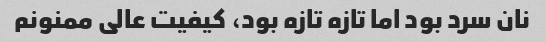
نان سرد بود اما تازه تازه بود، کیفیت عالی ممنونم